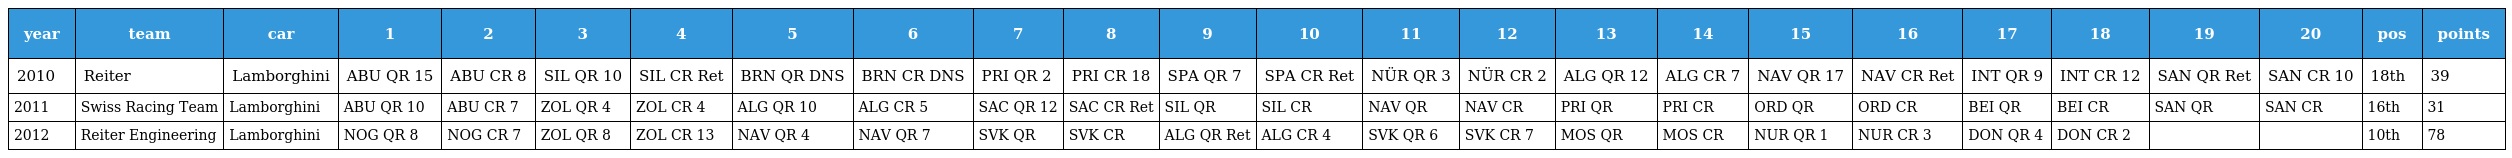
| year | team | car | 1 | 2 | 3 | 4 | 5 | 6 | 7 | 8 | 9 | 10 | 11 | 12 | 13 | 14 | 15 | 16 | 17 | 18 | 19 | 20 | pos | points |
 | --- | --- | --- | --- | --- | --- | --- | --- | --- | --- | --- | --- | --- | --- | --- | --- | --- | --- | --- | --- | --- | --- | --- | --- | --- |
 | 2010 | Reiter | Lamborghini | ABU QR 15 | ABU CR 8 | SIL QR 10 | SIL CR Ret | BRN QR DNS | BRN CR DNS | PRI QR 2 | PRI CR 18 | SPA QR 7 | SPA CR Ret | NÜR QR 3 | NÜR CR 2 | ALG QR 12 | ALG CR 7 | NAV QR 17 | NAV CR Ret | INT QR 9 | INT CR 12 | SAN QR Ret | SAN CR 10 | 18th | 39 |
 | 2011 | Swiss Racing Team | Lamborghini | ABU QR 10 | ABU CR 7 | ZOL QR 4 | ZOL CR 4 | ALG QR 10 | ALG CR 5 | SAC QR 12 | SAC CR Ret | SIL QR | SIL CR | NAV QR | NAV CR | PRI QR | PRI CR | ORD QR | ORD CR | BEI QR | BEI CR | SAN QR | SAN CR | 16th | 31 |
 | 2012 | Reiter Engineering | Lamborghini | NOG QR 8 | NOG CR 7 | ZOL QR 8 | ZOL CR 13 | NAV QR 4 | NAV QR 7 | SVK QR | SVK CR | ALG QR Ret | ALG CR 4 | SVK QR 6 | SVK CR 7 | MOS QR | MOS CR | NUR QR 1 | NUR CR 3 | DON QR 4 | DON CR 2 |  |  | 10th | 78 |